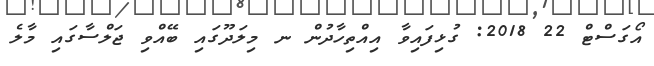
އޯގަސްޓް 22 2018: ގުޅިފައިވާ އިއްތިހާދުން ނ މިލަދޫގައި ބޭއްވި ޖަލްސާގައި މާލެ